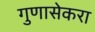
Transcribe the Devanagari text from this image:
गुणासेकरा